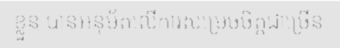
ខ្លួន បានអនុម័តលើការសម្រេចចិត្តជាច្រើន